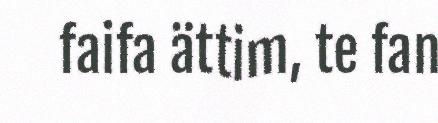
faifa ättim, te fan